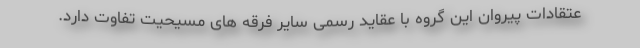
عتقادات پیروان این گروه با عقاید رسمی سایر فرقه های مسیحیت تفاوت دارد.